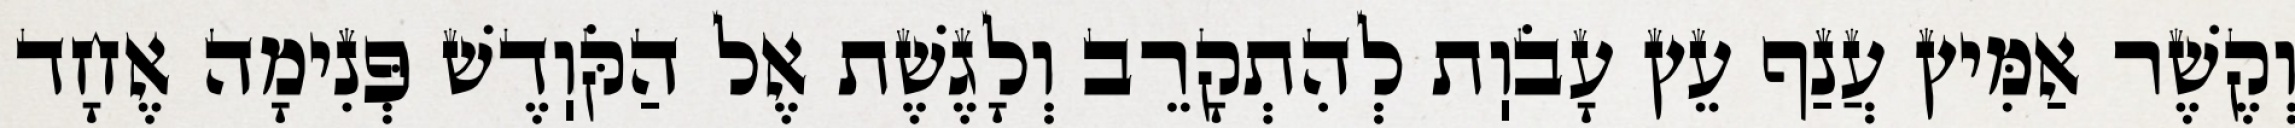
וְקֶשֶׁר אַמִּיץ עֲנַף עֵץ עָבֹוֽת לְהִתְקָרֵב וְלָגֶשֶׁת אֶל הַקֹּוֽדֶשׁ פְּנִימָה אֶחָד